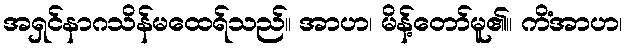
အရှင်နာဂသိန်မထေရ်သည်။ အာဟ၊ မိန့်တော်မူ၏။ ကိံအာဟ၊